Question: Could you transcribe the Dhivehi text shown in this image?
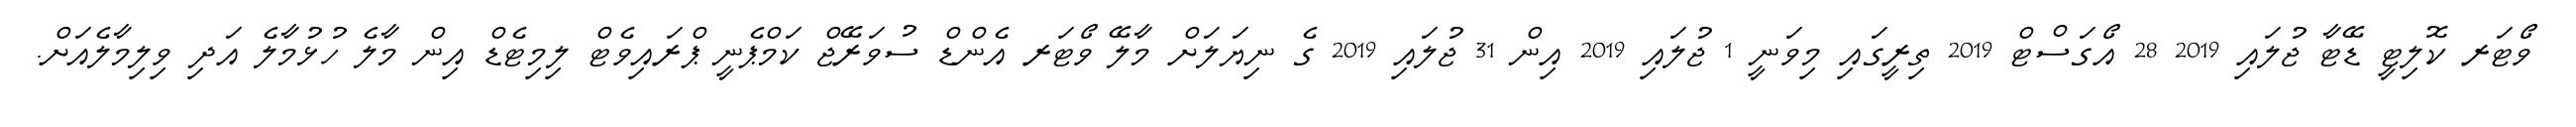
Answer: ވޯޓަރ ކޮލިޓީ ޑޭޓާ ޖުލައި 2019 28 އޯގަސްޓް 2019 ތިރީގައި މިވަނީ 1 ޖުލައި 2019 އިން 31 ޖުލައި 2019 ގެ ނިޔަލަށް މާލޭ ވޯޓަރ އެންޑް ސުވަރޭޖް ކަމްޕެނީ ޕްރައިވެޓް ލިމިޓެޑް އިން މާލެ ހުޅުމާލެ އަދި ވިލިމާލެއަށް.